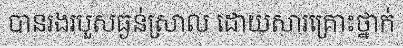
បានរងរបួសធ្ងន់ស្រាល ដោយសារគ្រោះថ្នាក់